Lunatic asylums Central Provinces reports 1895-1909 - 1895-1909
Year: 1895
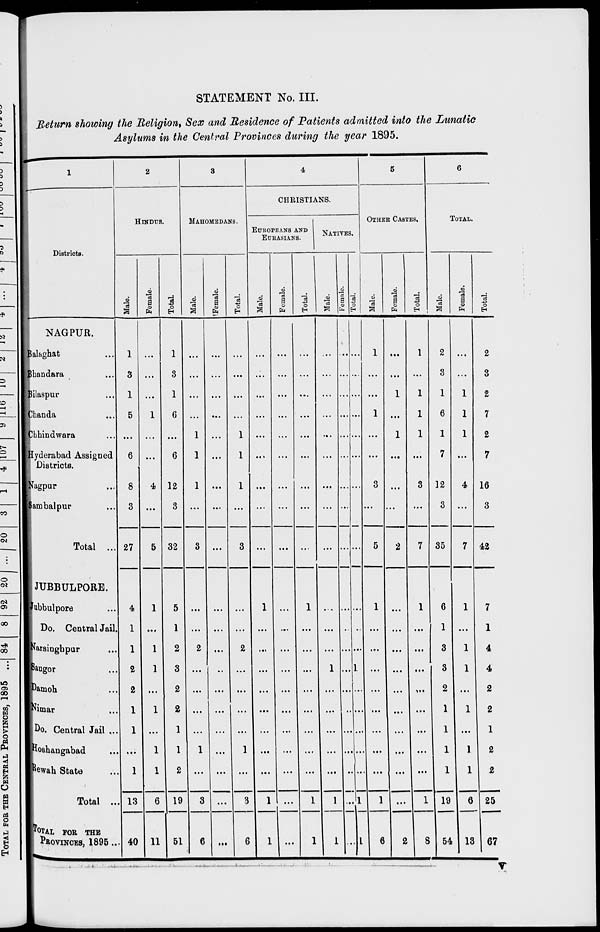
STATEMENT No. III.
Return showing the Religion, Sex and Residence of Patients admitted into the Lunatic
Asylums in the Central Provinces during the year 1895.
1
Districts.
NAGPUR.
Balaghat ...
Bhandara ...
Bilaspur ...
Chanda ...
Chhindwara ...
Hyderabad Assigned
Districts.
Nagpur ...
Sambalpur ...
Total ...
JUBBULPORE.
Jubbulpore ...
Do. Central Jail.
Narsinghpur ...
Saugor ...
Damoh ...
Nimar ...
Do. Central Jail ...
Hoshangabad ...
Rewah State ...
Total ...
TOTAL FOR THE
PROVINCE, 1895 ...
2
HINDUS.
Male.
1
3
1
5
...
6
8
3
27
4
1
1
2
2
1
1
...
1
13
40
Female
...
...
...
1
...
...
4
...
5
1
...
1
1
...
1
...
1
1
6
11
Total.
1
3
1
6
...
6
12
3
32
5
1
2
3
2
2
1
1
2
19
51
3
MAHOMEDANS.
Male.
...
...
...
...
1
1
1
...
3
...
...
2
...
...
...
...
1
...
3
6
Female.
...
...
...
...
...
...
...
...
...
...
...
...
...
...
...
...
...
...
...
...
Total.
...
...
...
...
1
1
1
...
3
...
...
2
...
...
...
...
1
...
3
6
4.
CHRISTIANS.
EUROPEANS AND
EURASIANS.
Male.
...
...
...
...
...
...
...
...
...
1
....
...
...
...
...
...
...
...
1
1
Female.
...
...
...
...
...
...
...
...
...
...
...
...
...
...
...
...
...
...
...
...
Total.
...
...
...
...
...
...
...
...
...
1
...
...
...
...
...
...
...
...
1
1
NATIVES.
Male.
...
...
...
...
...
...
...
...
...
...
...
...
1
...
...
...
...
...
1
1
Female.
...
...
...
...
...
...
...
...
...
...
...
...
...
...
...
...
...
...
...
...
Total.
...
...
...
...
...
...
...
...
...
...
...
1
...
...
...
...
...
1
1
5
OTHER CASTES.
Male.
1
...
...
1
...
...
3
...
5
1
...
...
...
...
...
...
...
...
1
6
Female.
...
...
1
...
1
...
...
...
2
...
...
...
...
...
...
...
...
...
...
2
Total,
1
...
1
1
1
...
3
...
7
1
...
...
...
...
...
...
...
...
1
8
6
TOTAL.
Male.
2
3
1
6
1
7
12
3
35
6
1
3
3
2
1
1
1
1
19
54
Female.
...
...
1
1
1
...
4
...
7
1
...
1
1
...
1
...
1
1
6
13
Total.
2
3
2
7
2
7
16
3
42
7
1
4
4
2
2
1
2
2
25
67
v